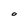
Character: O